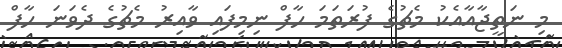
މި ނަތީޖާއާއެކު މެޗުގެ ފުރަތަމަ ހާފް ނިމިފައި ވާއިރު މެޗުގެ ދެވަނަ ހާފް